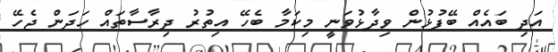
އަދި ބައެއް ބޭފުޅުން ވިދާޅުވަނީ މިކަމާ ބެހޭ އިތުރު ދިރާސާތައް ހަދަން ޖެހޭ